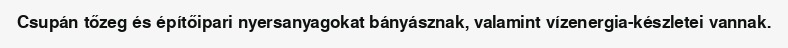
Csupán tőzeg és építőipari nyersanyagokat bányásznak, valamint vízenergia-készletei vannak.